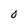
Character: O